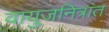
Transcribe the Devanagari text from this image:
वायुजनित्रांत